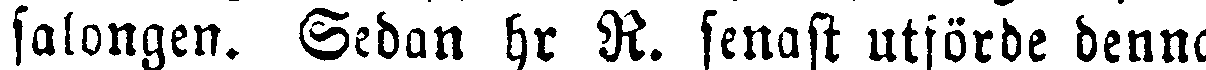
salongen. Sedan hr R. senast utförde denna